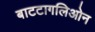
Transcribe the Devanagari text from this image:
बाटटागलिओन